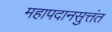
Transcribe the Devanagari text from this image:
महापदानसुत्तंत